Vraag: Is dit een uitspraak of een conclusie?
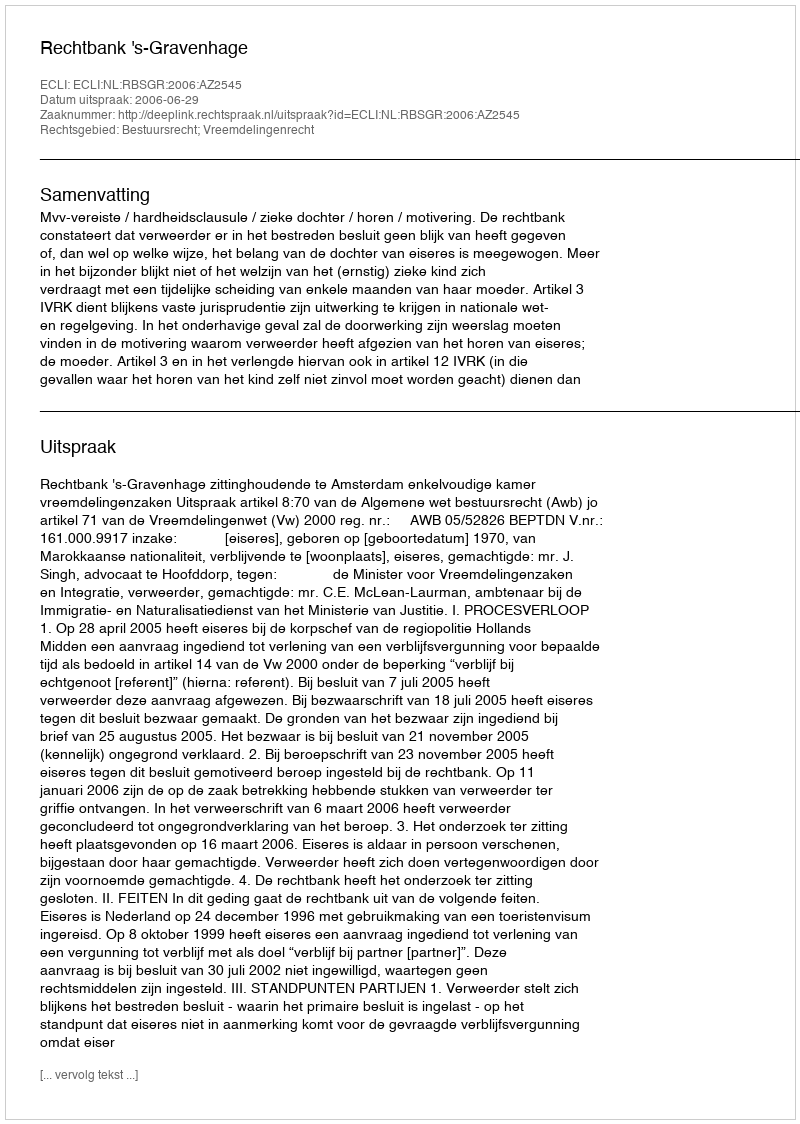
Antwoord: Uitspraak